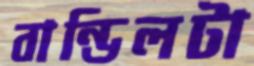
বান্ডিলটা